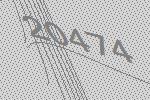
20474